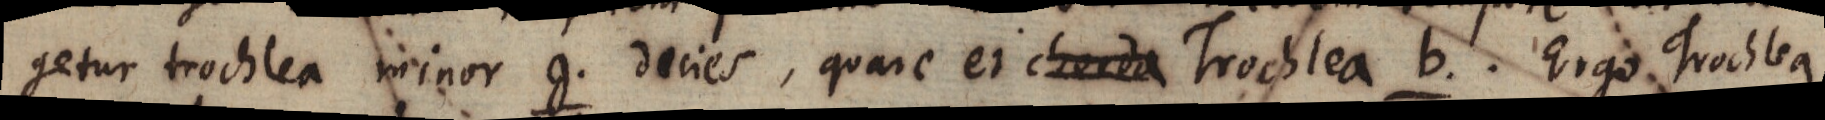
getur trochlea minor g decies, quare et chorda Trochlea b. Ergo Trochlea